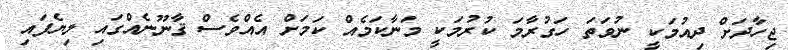
ޖިހާދަށް ދިއުމަކީ ނުވަތަ ހަގުރާމަ ކުރުމަކީ މަނާކަމެއް ކަމަށް އެއްވެސް ޤާނޫނެއްގައި ލިޔެފައި